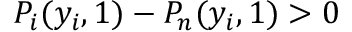
P _ { i } ( y _ { i } , 1 ) - P _ { n } ( y _ { i } , 1 ) > 0